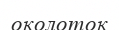
околоток